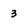
Character: 3